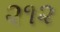
૨૧૨